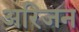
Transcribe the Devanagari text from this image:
अरिजन